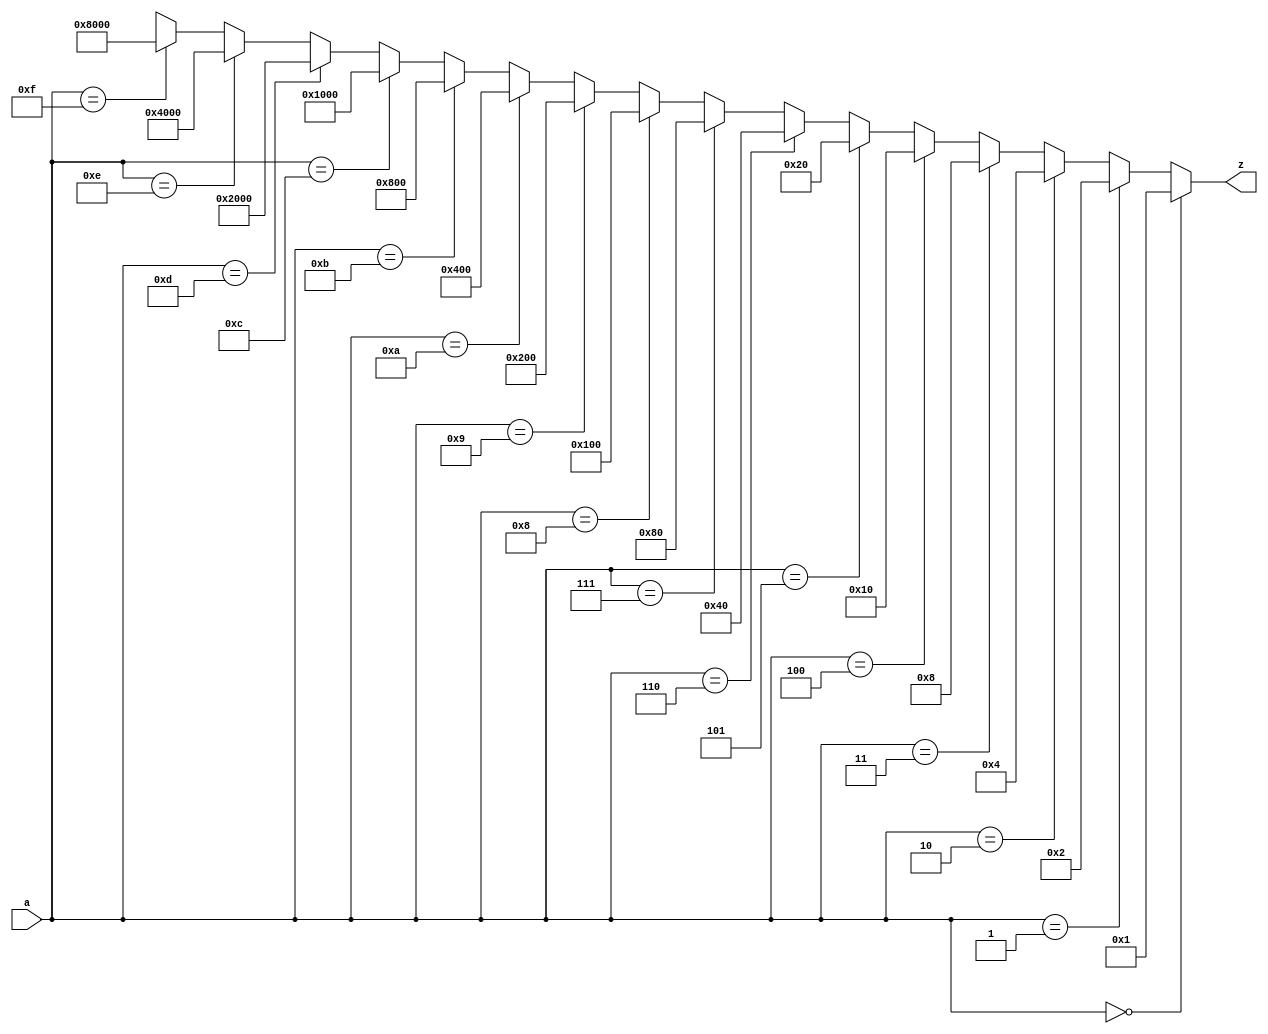
// based on 0-15 output R0-R15 is selected
module decoder4t16(a, z);
	input [3:0] a;
	output [15:0] z;
	parameter tempParam = 16'b0000_0000_0000_0001; // parameter is a type that allows it to be reused with diff specification (new vals)
	assign z = (a == 4'b0000) ? tempParam   :
               (a == 4'b0001) ? tempParam<<1: 
               (a == 4'b0010) ? tempParam<<2:
               (a == 4'b0011) ? tempParam<<3:
               (a == 4'b0100) ? tempParam<<4:
               (a == 4'b0101) ? tempParam<<5:
               (a == 4'b0110) ? tempParam<<6:
               (a == 4'b0111) ? tempParam<<7:
               (a == 4'b1000) ? tempParam<<8:
               (a == 4'b1001) ? tempParam<<9:
               (a == 4'b1010) ? tempParam<<10:
               (a == 4'b1011) ? tempParam<<11:
               (a == 4'b1100) ? tempParam<<12:
               (a == 4'b1101) ? tempParam<<13:
               (a == 4'b1110) ? tempParam<<14:
               (a == 4'b1111) ? tempParam<<15: 16'bxxxx_xxxx_xxxx_xxxx;
endmodule